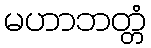
မဟာဘတ္တံ